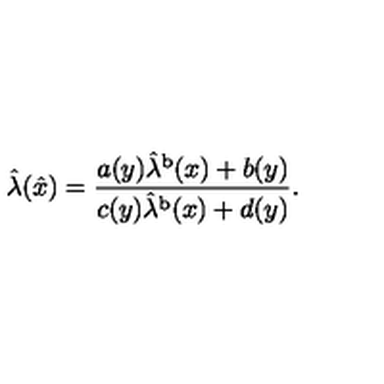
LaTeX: \hat { \lambda } ( \hat { x } ) = \frac { a ( y ) \hat { \lambda } ^ { \mathrm { b } } ( x ) + b ( y ) } { c ( y ) \hat { \lambda } ^ { \mathrm { b } } ( x ) + d ( y ) } .